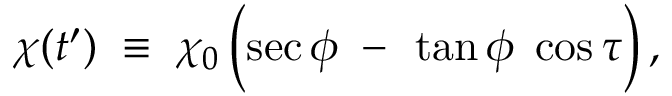
\chi ( t ^ { \prime } ) \; \equiv \; \chi _ { 0 } \left( \sec \phi \; - \frac { } { } \tan \phi \; \cos \tau \right) ,